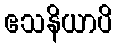
ဧသနိယာပိ